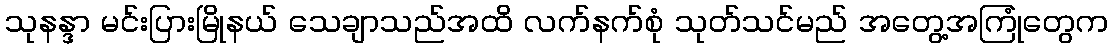
သုနန္ဒာ မင်းပြားမြိုနယ် သေချာသည်အထိ လက်နက်စုံ သုတ်သင်မည် အတွေ့အကြုံတွေက